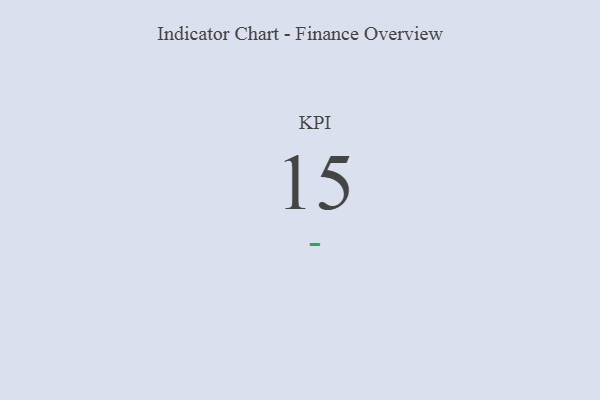
{"axis": {"x": "KPI", "y": "Value"}, "legend": [""], "data": [{"x": "KPI", "y": 15, "type": ""}]}